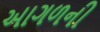
આગળની